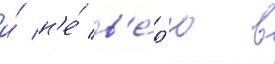
и́ н'е́ в'е́р'ю в